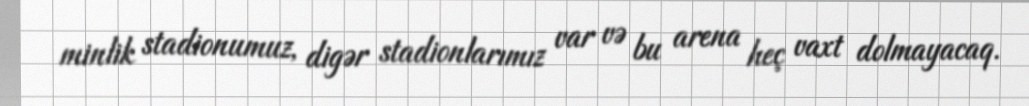
minlik stadionumuz, digər stadionlarımız var və bu arena heç vaxt dolmayacaq.